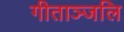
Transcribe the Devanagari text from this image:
गीताञ्जलि